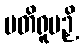
ပတိရူပဉှိ